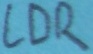
Text: LDR